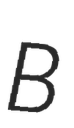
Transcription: B